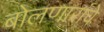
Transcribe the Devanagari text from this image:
बोलणारांचे